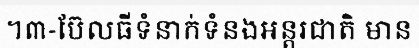
។៣-ប៊ែលធីទំនាក់ទំនងអន្តរជាតិ មាន